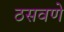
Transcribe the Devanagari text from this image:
ठसवणे